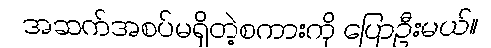
အဆက်အစပ်မရှိတဲ့စကားကို ပြောဦးမယ်။